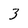
Character: 3